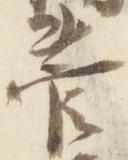
菅